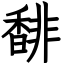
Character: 馡